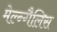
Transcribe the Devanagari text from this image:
मेल्न्गैलिस